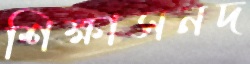
শিক্ষাসনদ